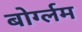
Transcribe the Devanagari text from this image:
बोर्ग्लम